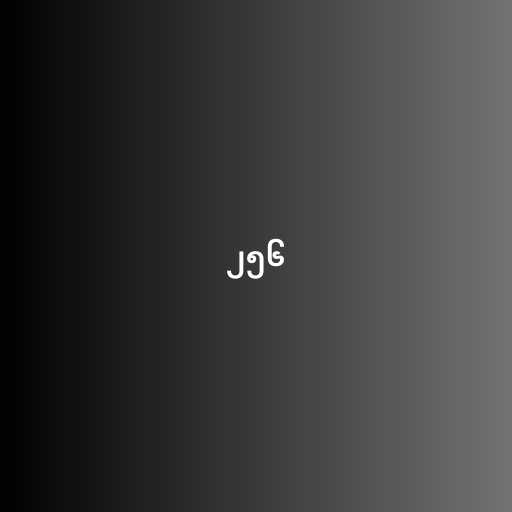
၂၅၆